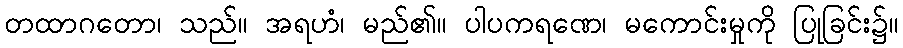
တထာဂတော၊ သည်။ အရဟံ၊ မည်၏။ ပါပကရဏေ၊ မကောင်းမှုကို ပြုခြင်း၌။